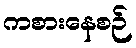
ကစားနေစဉ်